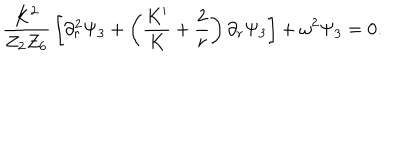
{ \frac { K ^ { 2 } } { Z _ { 2 } Z _ { 6 } } } \left[ \partial _ { r } ^ { 2 } \Psi _ { 3 } + \left( { \frac { K ^ { \prime } } { K } } + { \frac { 2 } { r } } \right) \partial _ { r } \Psi _ { 3 } \right] + \omega ^ { 2 } \Psi _ { 3 } = 0 .